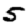
Digit: 5